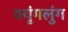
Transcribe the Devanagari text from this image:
क्युंगलुंग